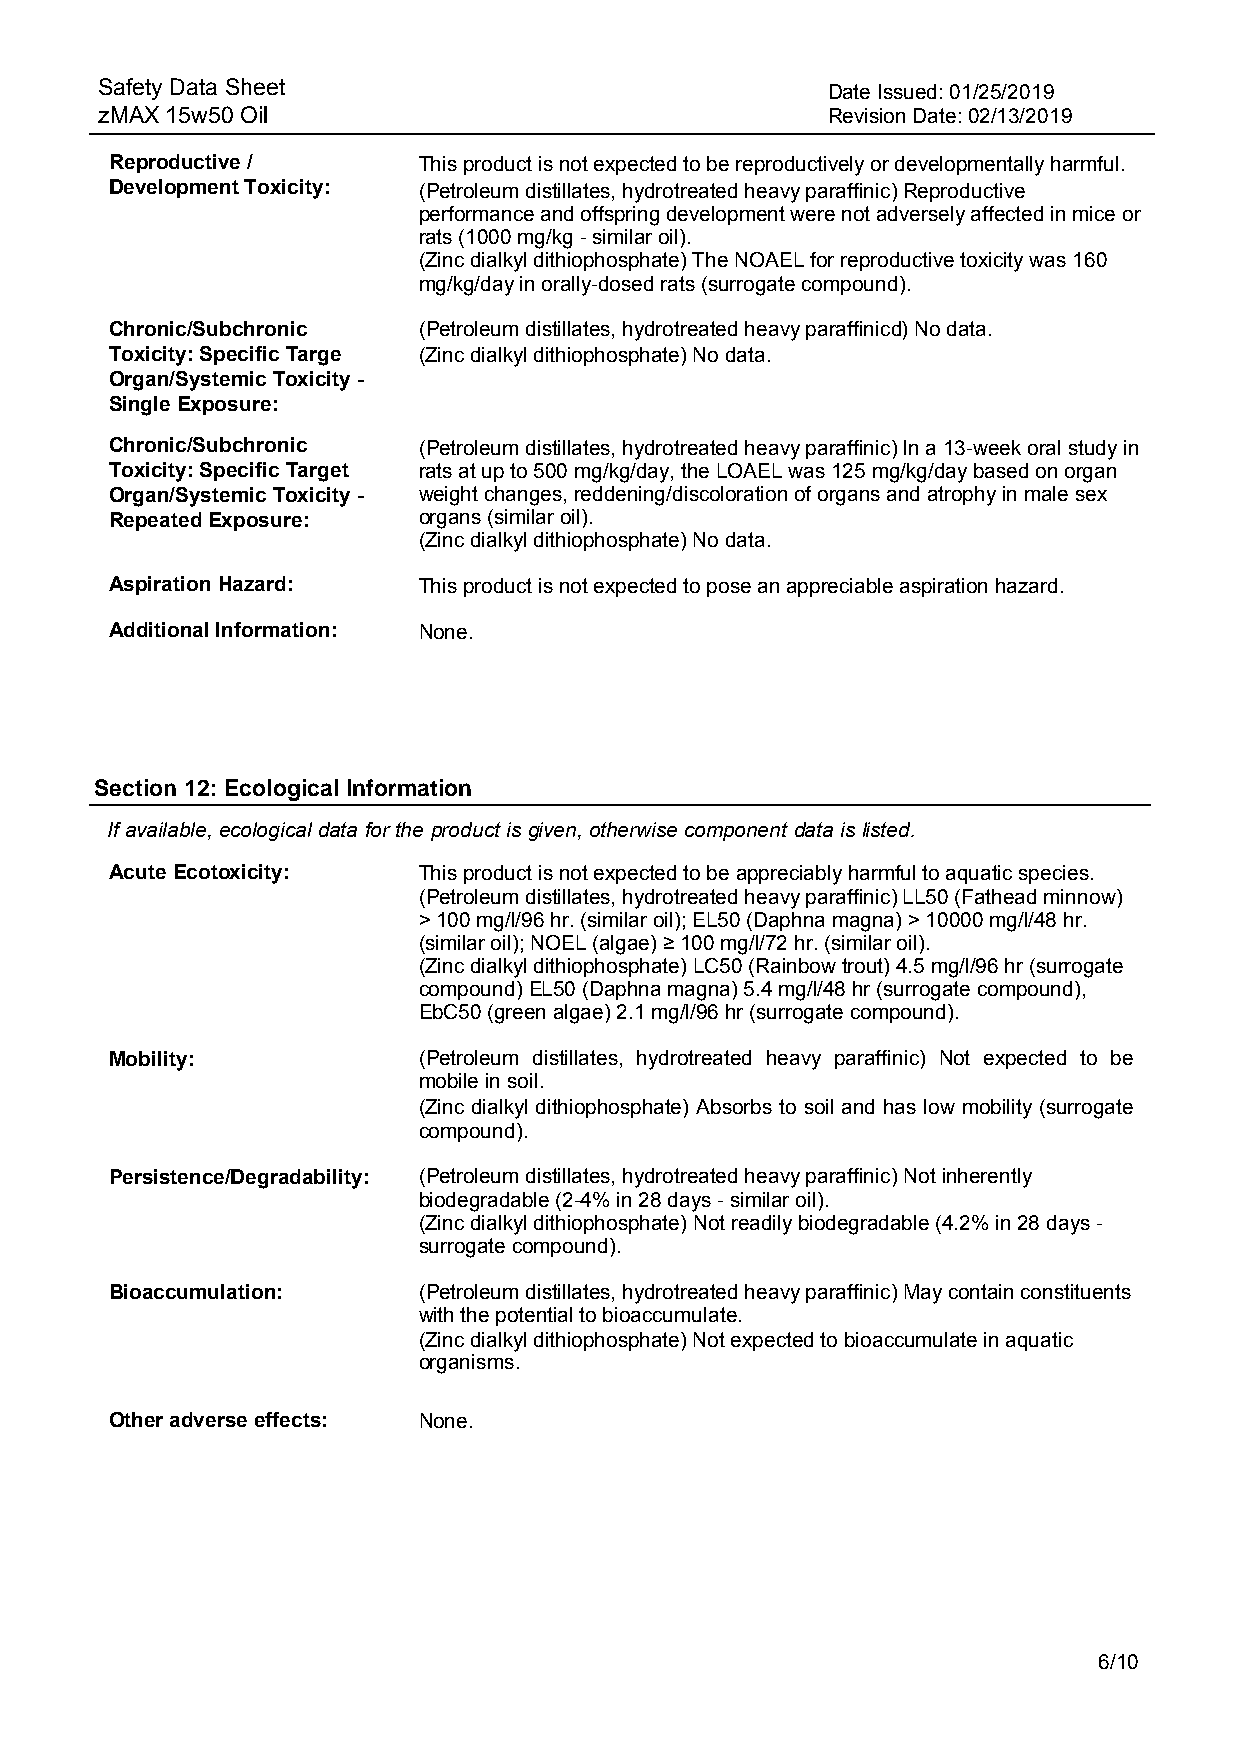
Safety Data Sheet                               Date Issued: 01/25/2019
 zMAX 15w50 Oil                                  Revision Date: 02/13/2019
 Reproductive /       This product is not expected to be reproductively or developmentally harmful.
 Development Toxicity: (Petroleum distillates, hydrotreated heavy paraffinic) Reproductive
 performance and offspring development were not adversely affected in mice or
 rats (1000 mg/kg - similar oil).
 (Zinc dialkyl dithiophosphate) The NOAEL for reproductive toxicity was 160
 mg/kg/day in orally-dosed rats (surrogate compound).
 Chronic/Subchronic   (Petroleum distillates, hydrotreated heavy paraffinicd) No data.
 Toxicity: Specific Targe (Zinc dialkyl dithiophosphate) No data.
 Organ/Systemic Toxicity -
 Single Exposure:
 Chronic/Subchronic   (Petroleum distillates, hydrotreated heavy paraffinic) In a 13-week oral study in
 Toxicity: Specific Target rats at up to 500 mg/kg/day, the LOAEL was 125 mg/kg/day based on organ
 Organ/Systemic Toxicity - weight changes, reddening/discoloration of organs and atrophy in male sex
 Repeated Exposure:   organs (similar oil).
 (Zinc dialkyl dithiophosphate) No data.
 Aspiration Hazard:   This product is not expected to pose an appreciable aspiration hazard.
 Additional Information: None.
 Section 12: Ecological Information
 If available, ecological data for the product is given, otherwise component data is listed.
 Acute Ecotoxicity:   This product is not expected to be appreciably harmful to aquatic species.
 (Petroleum distillates, hydrotreated heavy paraffinic) LL50 (Fathead minnow)
 > 100 mg/l/96 hr. (similar oil); EL50 (Daphna magna) > 10000 mg/l/48 hr.
 (similar oil); NOEL (algae) ≥ 100 mg/l/72 hr. (similar oil).
 (Zinc dialkyl dithiophosphate) LC50 (Rainbow trout) 4.5 mg/l/96 hr (surrogate
 compound) EL50 (Daphna magna) 5.4 mg/l/48 hr (surrogate compound),
 EbC50 (green algae) 2.1 mg/l/96 hr (surrogate compound).
 Mobility:            (Petroleum distillates, hydrotreated heavy paraffinic) Not expected to be
 mobile in soil.
 (Zinc dialkyl dithiophosphate) Absorbs to soil and has low mobility (surrogate
 compound).
 Persistence/Degradability: (Petroleum distillates, hydrotreated heavy paraffinic) Not inherently
 biodegradable (2-4% in 28 days - similar oil).
 (Zinc dialkyl dithiophosphate) Not readily biodegradable (4.2% in 28 days -
 surrogate compound).
 Bioaccumulation:     (Petroleum distillates, hydrotreated heavy paraffinic) May contain constituents
 with the potential to bioaccumulate.
 (Zinc dialkyl dithiophosphate) Not expected to bioaccumulate in aquatic
 organisms.
 Other adverse effects: None.
 6/10